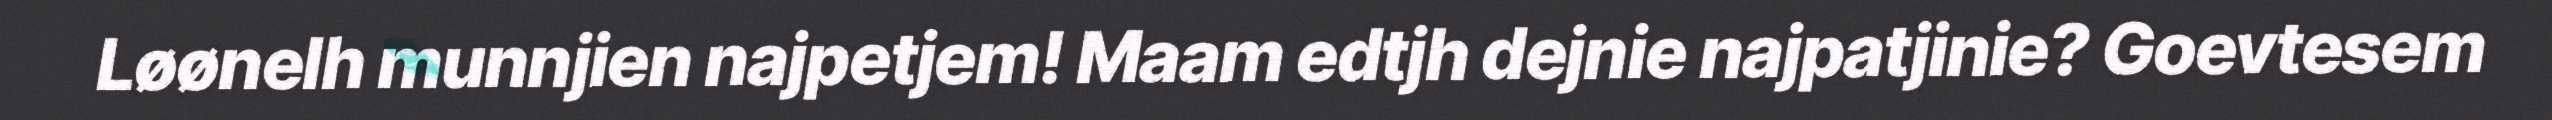
Løønelh munnjien najpetjem! Maam edtjh dejnie najpatjinie? Goevtesem